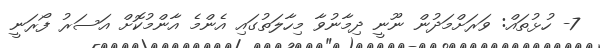
7- ހުޅުތައް: ވަރަށްމަދުން ނޫނީ ދިމާނުވާ މިހާލަތުގައި އެންމެ އާންމުކޮށް އަސަރު ފޯރަނީ